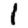
Digit: 1